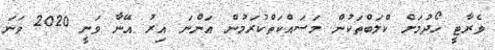
ވެރާޓީ ހޯދުމަށް ކްލަބްތަކުން މަސައްކަތްކުރަމުން އަންނަ އިރު އޭނާ ވަނީ 2020 ވަނަ